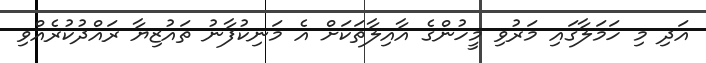
އަދި މި ހަމަލާގައި މަރުވި މީހުންގެ އާއިލާތަކަށް އެ މަނިކުފާނު ތައުޒިޔާ ރައްދުކުރެއްވި